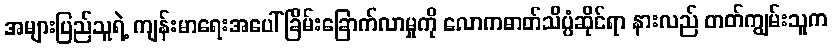
အများပြည်သူရဲ့ ကျန်းမာရေးအပေါ် ခြိမ်းခြောက်လာမှုကို လောကဓာတ်သိပ္ပံဆိုင်ရာ နားလည် တတ်ကျွမ်းသူက